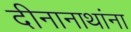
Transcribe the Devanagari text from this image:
दीनानाथांना